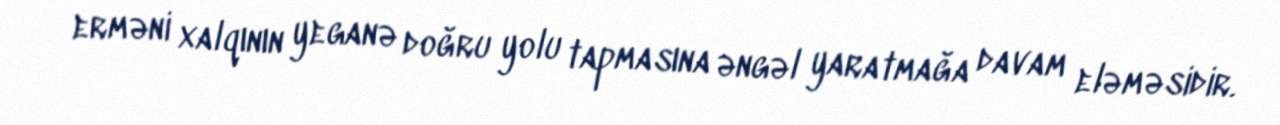
erməni xalqının yeganə doğru yolu tapmasına əngəl yaratmağa davam eləməsidir.